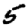
Digit: 5